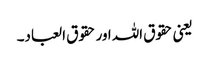
یعنی حقوق اللہ اور حقوق العباد۔